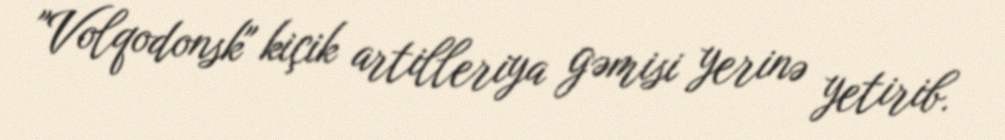
"Volqodonsk" kiçik artilleriya gəmisi yerinə yetirib.